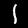
Label: 1